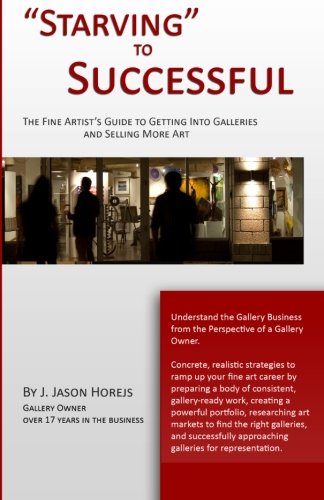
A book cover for "Starving" to Successful: The Fine Artist's Guide to Getting Into Galleries and Selling More Art; J. Jason Horejs; Arts & Photography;